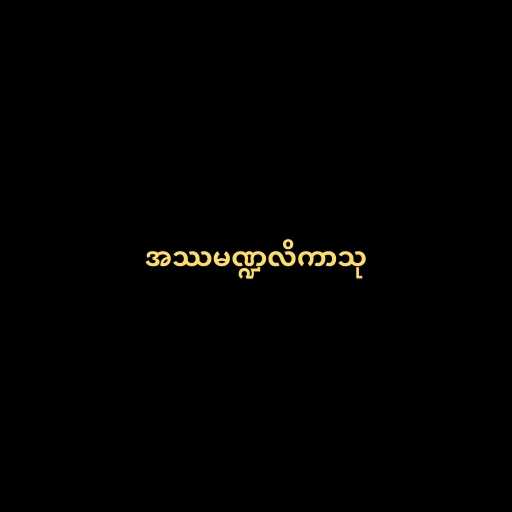
အဿမဏ္ဍလိကာသု